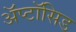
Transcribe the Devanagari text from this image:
अॅप्टॉसिड